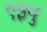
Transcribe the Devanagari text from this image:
एइनु